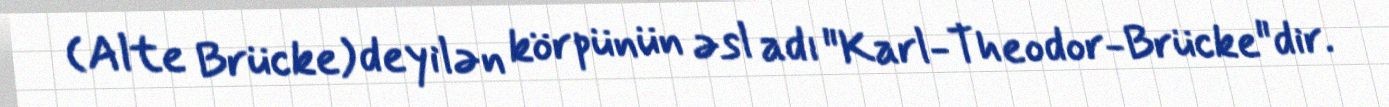
(Alte Brücke) deyilən körpünün əsl adı "Karl-Theodor-Brücke"dir.